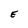
Character: E